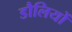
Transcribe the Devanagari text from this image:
डौलियों